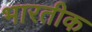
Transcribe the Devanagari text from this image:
भारतीक